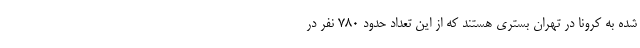
شده به کرونا در تهران بستری هستند که از این تعداد حدود ۷۸۰ نفر در